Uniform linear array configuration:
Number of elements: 8
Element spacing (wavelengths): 1
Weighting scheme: blackman
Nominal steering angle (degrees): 0
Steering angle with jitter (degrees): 0.6888
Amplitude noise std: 0.05
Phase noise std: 0.05

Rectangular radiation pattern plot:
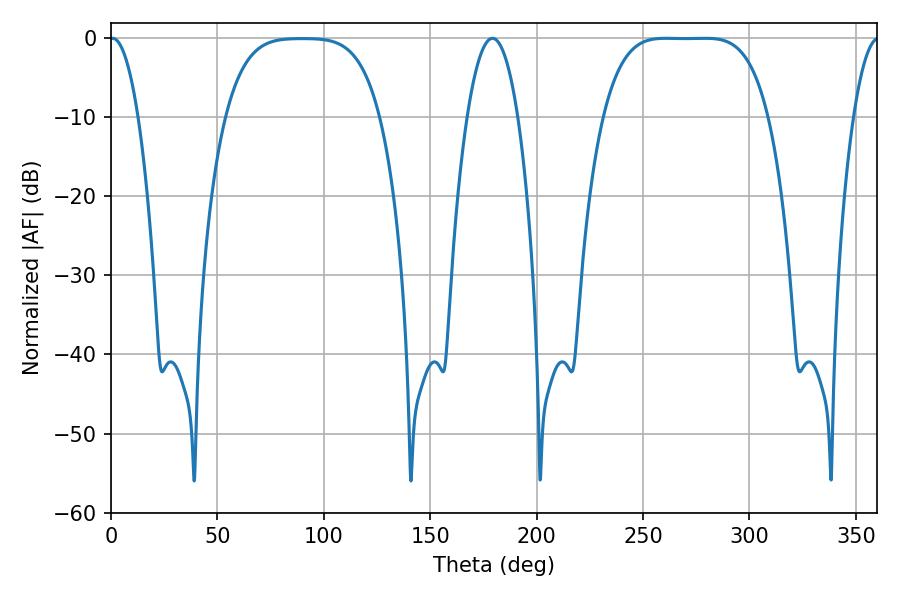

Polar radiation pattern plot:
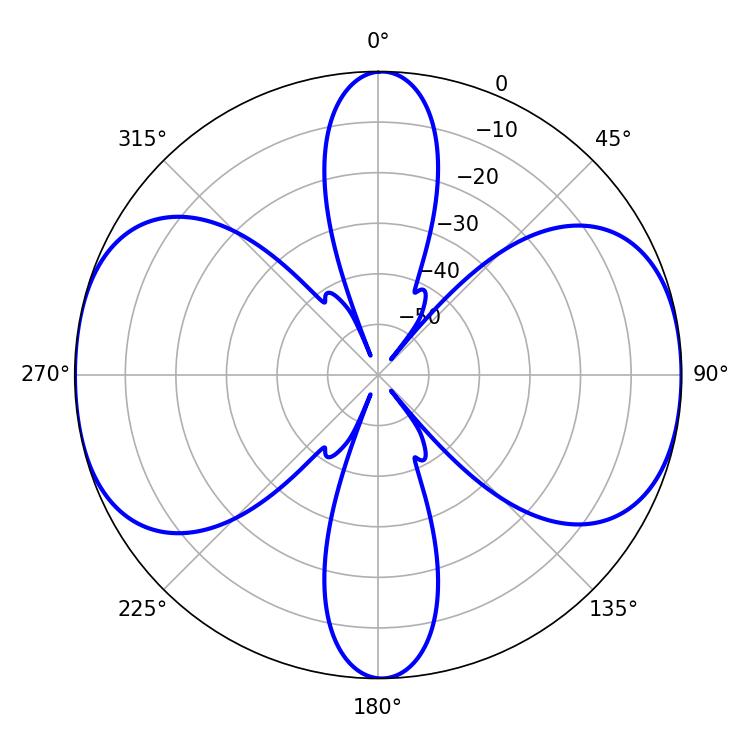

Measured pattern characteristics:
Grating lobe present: TRUE
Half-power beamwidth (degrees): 58.68
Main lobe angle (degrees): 260.82